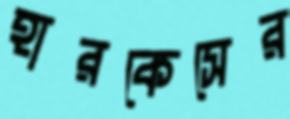
হারকেসের